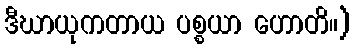
ဒီဃာယုကတာယ ပစ္စယာ ဟောတိ။)